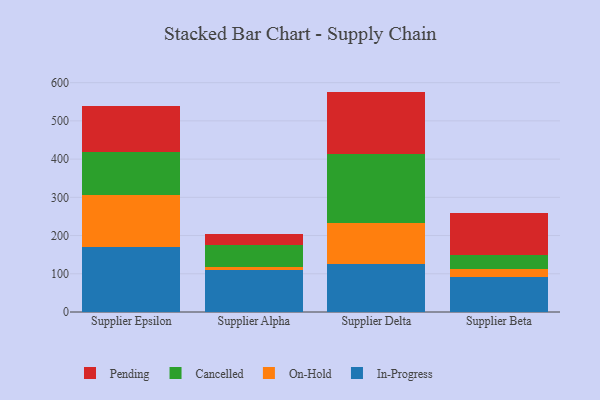
{"axis": {"x": "Supplier", "y": "Market Share (%)"}, "legend": ["Cancelled", "In-Progress", "On-Hold", "Pending"], "data": [{"x": "Supplier Epsilon", "y": 170.6, "type": "In-Progress"}, {"x": "Supplier Epsilon", "y": 135.7, "type": "On-Hold"}, {"x": "Supplier Epsilon", "y": 111.8, "type": "Cancelled"}, {"x": "Supplier Epsilon", "y": 120.0, "type": "Pending"}, {"x": "Supplier Alpha", "y": 110.6, "type": "In-Progress"}, {"x": "Supplier Alpha", "y": 6.3, "type": "On-Hold"}, {"x": "Supplier Alpha", "y": 59.0, "type": "Cancelled"}, {"x": "Supplier Alpha", "y": 27.3, "type": "Pending"}, {"x": "Supplier Delta", "y": 125.6, "type": "In-Progress"}, {"x": "Supplier Delta", "y": 108.4, "type": "On-Hold"}, {"x": "Supplier Delta", "y": 179.0, "type": "Cancelled"}, {"x": "Supplier Delta", "y": 163.6, "type": "Pending"}, {"x": "Supplier Beta", "y": 90.9, "type": "In-Progress"}, {"x": "Supplier Beta", "y": 21.4, "type": "On-Hold"}, {"x": "Supplier Beta", "y": 37.0, "type": "Cancelled"}, {"x": "Supplier Beta", "y": 109.7, "type": "Pending"}]}